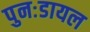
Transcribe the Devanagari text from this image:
पुनःडायल